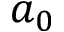
a _ { 0 }